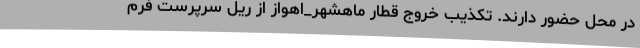
در محل حضور دارند. تکذیب خروج قطار ماهشهر_اهواز از ریل سرپرست فرم